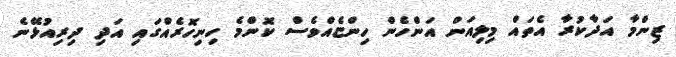
ޒިންމާ އަދާކުރާ އެތައް މިލިއަން އަންހެން ހިންޏެއްވެސް ކޮންމެ ހިނިހޮރެއްގައި އަދި ދިރިއުޅޭނެ